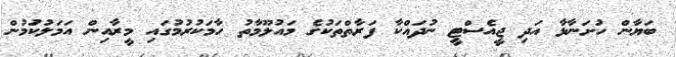
ބަޔާން ހުށަނާޅާ އަދި ޖީއެސްޓީ ނުދައްކާ ފަރާތްތަކުގެ މައުލޫމާތު ހާމަކުރުމުގައި މީރާއިން އަމަލުކުަމުން